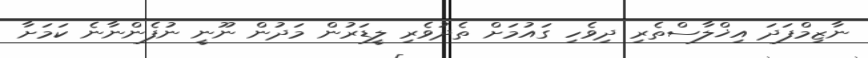
ނާޒިމްފަދަ އިޚްލާސްތެރި ދިވެހި ގައުމަށް ތެދުވެރި ލީޑަރުން މަދުން ނޫނީ ނުފެންނާނެ ކަމަށާ